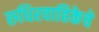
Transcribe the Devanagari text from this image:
रुधिरवाहिकेचे